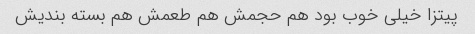
پیتزا خیلی خوب بود هم حجمش هم طعمش هم بسته بندیش